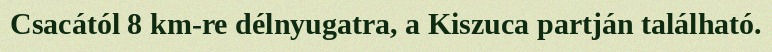
Csacától 8 km-re délnyugatra, a Kiszuca partján található.